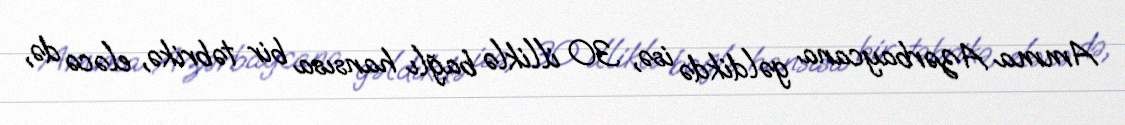
Amma Azərbaycana gəldikdə isə, 30 illiklə bağlı hansısa bir təbrikə, eləcə də,